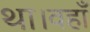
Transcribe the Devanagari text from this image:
था।वहाँ